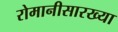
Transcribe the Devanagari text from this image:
रोमानीसारख्या